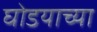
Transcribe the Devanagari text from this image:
घोडयाच्या